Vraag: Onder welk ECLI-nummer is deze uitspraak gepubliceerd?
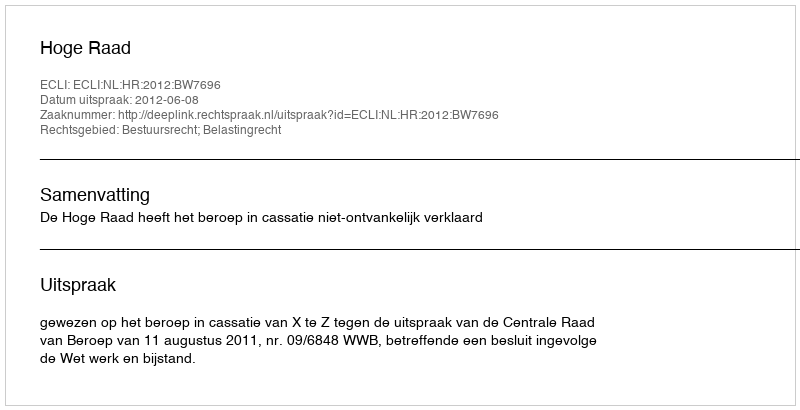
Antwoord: ECLI:NL:HR:2012:BW7696